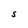
Character: S